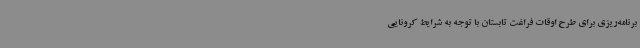
برنامه‌ریزی برای طرح اوقات فراغت تابستان با توجه به شرایط کرونایی